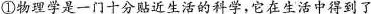
①物理学是一门十分贴近生活的科学，它在生活中得到了